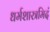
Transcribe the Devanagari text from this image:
धर्मशास्त्रमिदं